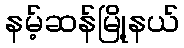
နမ့်ဆန်မြို့နယ်